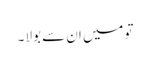
تو میں ان سے بولا ۔